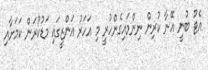
އެޓޫ ބުނީ އޭނާ ކުރިން ނިންމައިގެންހުރީ މި އަހަރު އަންޒީގައި މަޑުކުރަން ކަމަށާއި